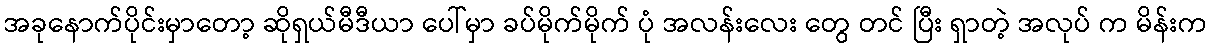
အခုနောက်ပိုင်းမှာတော့ ဆိုရှယ်မီဒီယာ ပေါ်မှာ ခပ်မိုက်မိုက် ပုံ အလန်းလေး တွေ တင် ပြီး ရှာတဲ့ အလုပ် က မိန်းက